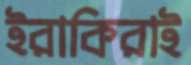
ইরাকিরাই